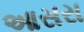
આસરા